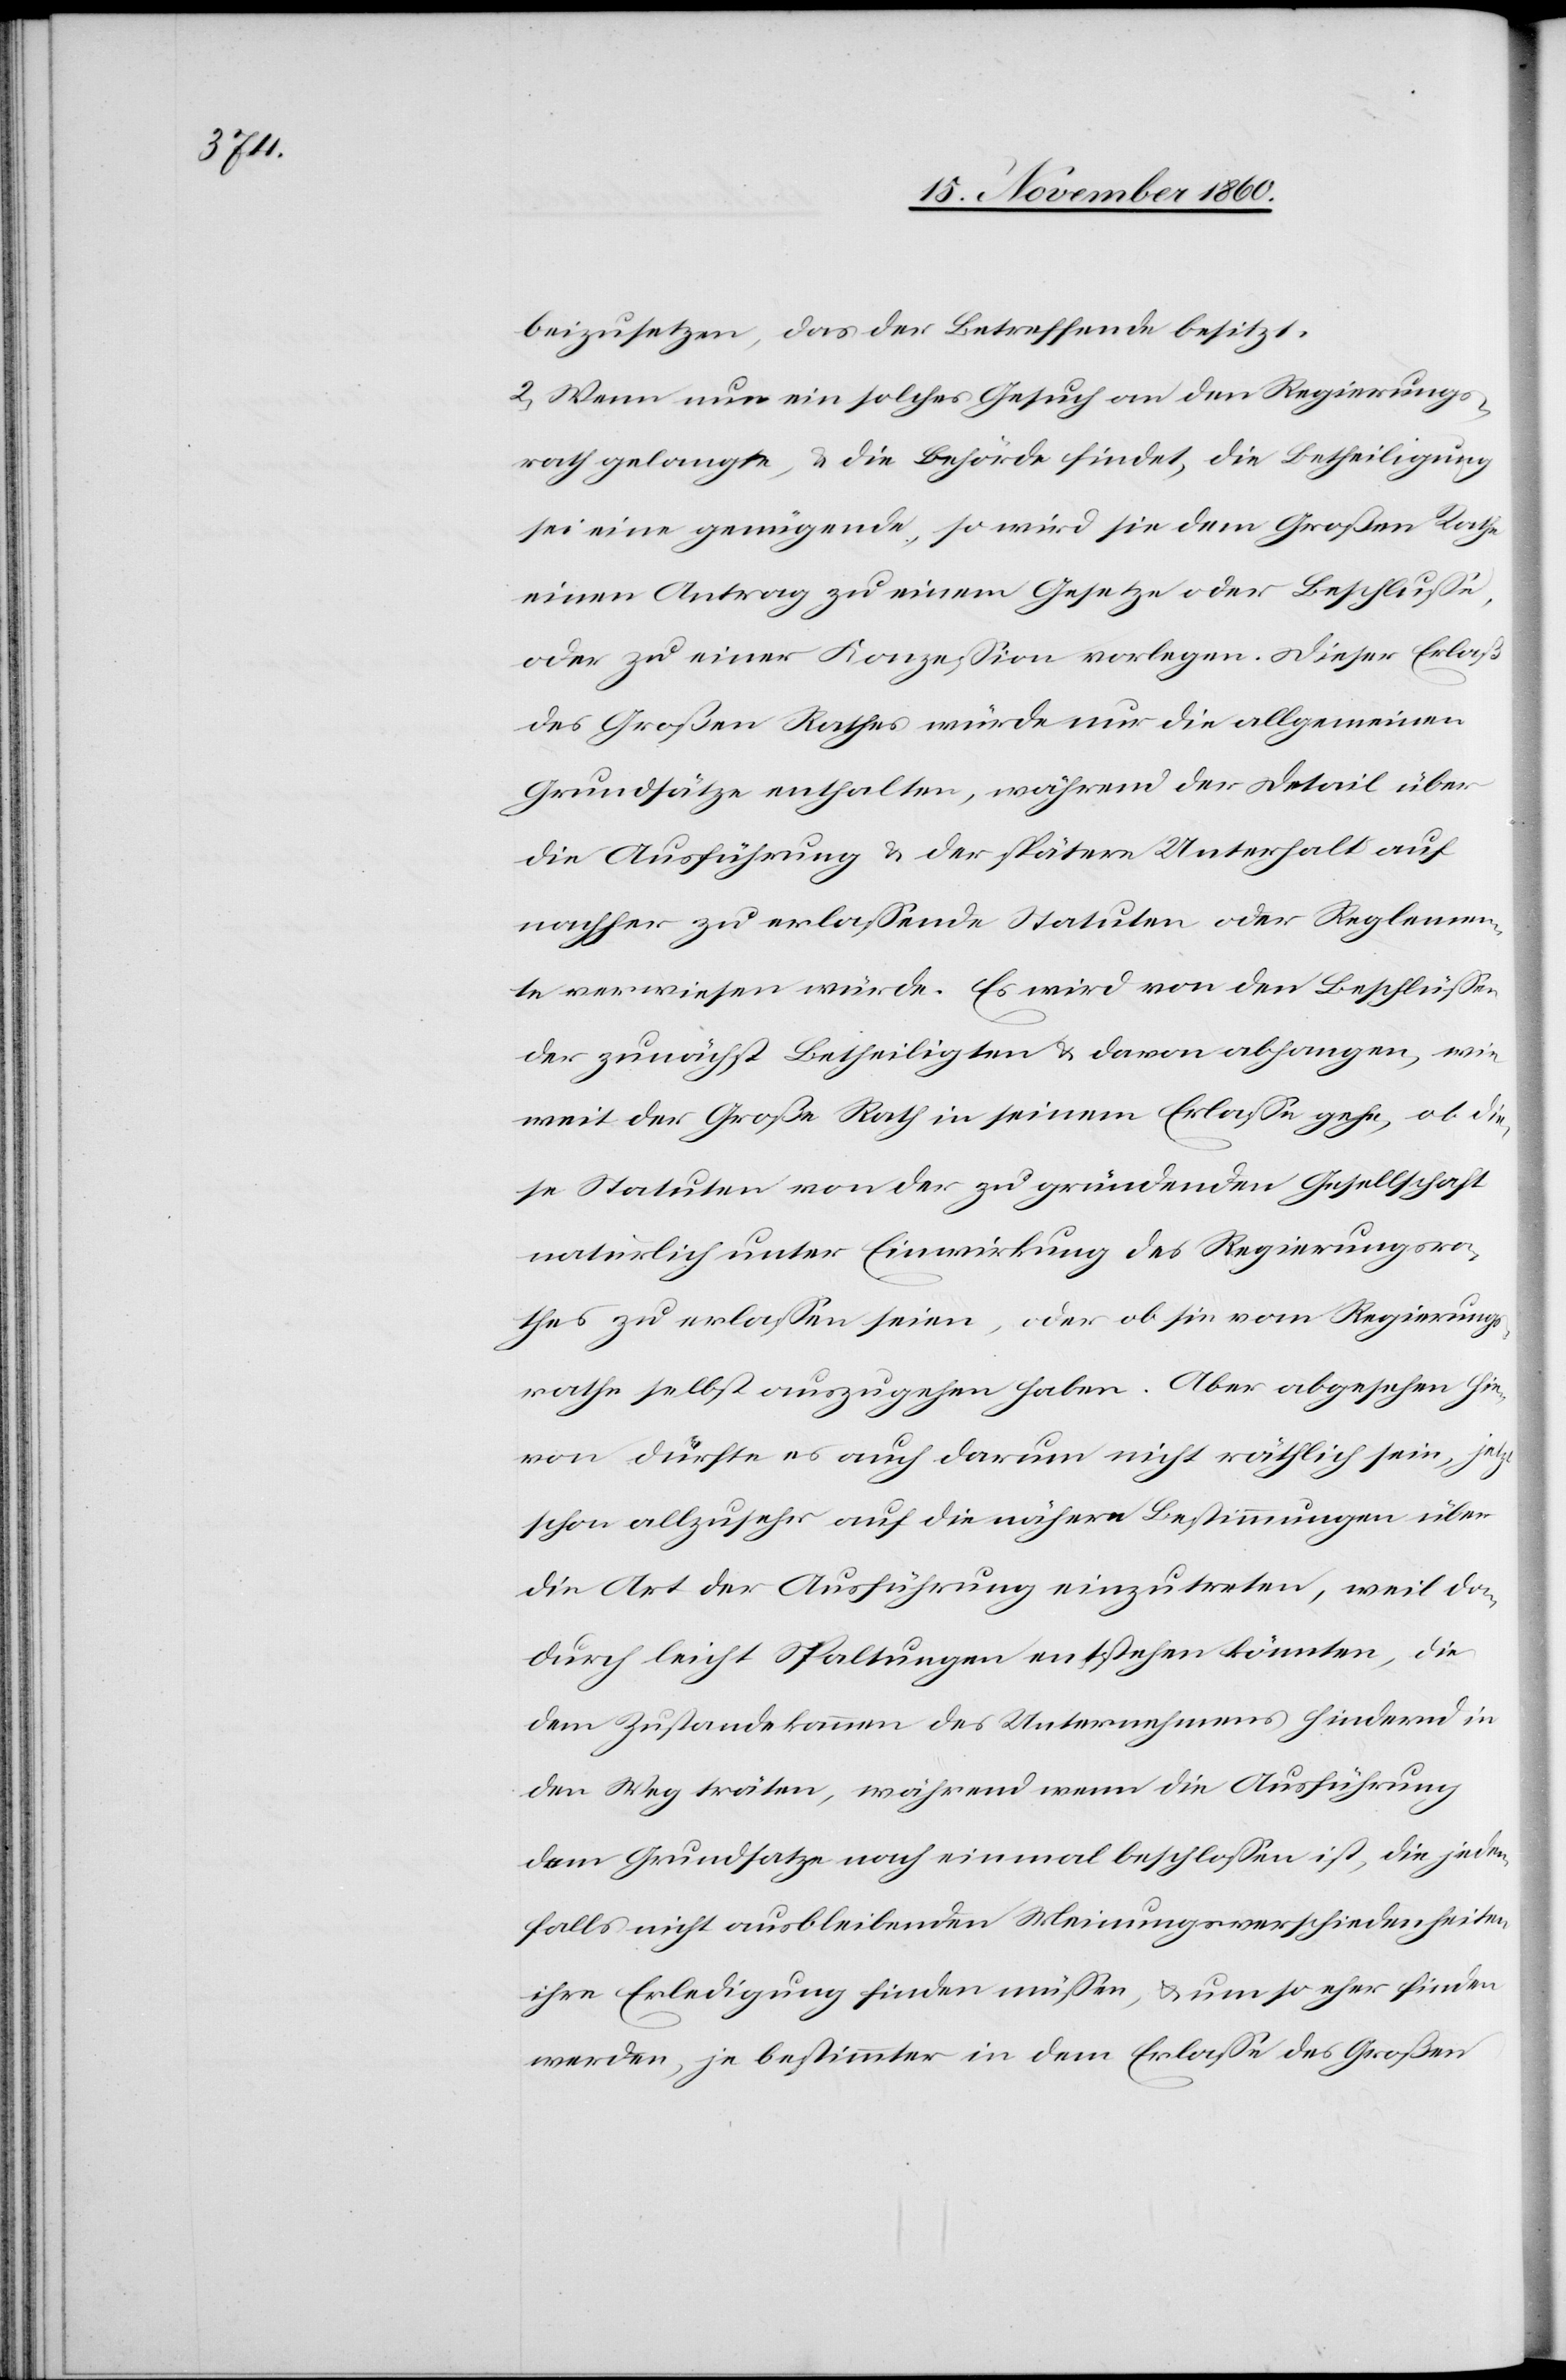
beizusetzen, daß der Betreffende besitzt.
2. Wenn nun ein solches Gesuch an den Regierungs¬
rath gelangte, u. die Behörde findet, die Betheiligung
sei eine genügende, so wird sie dem Großen Rathe
einen Antrag zu einem Gesetze oder Beschlusse,
oder zu einer Konzession vorlegen. Dieser Erlaß
des Großen Rathes würde nur die allgemeinen
Grundsätze enthalten, während der Detail über
die Ausführung u. der spätere Unterhalt auf
nachher zu erlassende Statuten oder Reglemen¬
te verwiesen würden. Es wird von den Beschlüssen
der zunächst Betheiligten u. davon abhangen, wie
weit der Große Rath in seinem Erlasse gehe, ob die¬
se Statuten von der zu gründenden Gesellschaft
natürlich unter Einwirkung des Regierungsra¬
thes zu erlassen seien, oder ob sie vom Regierungs¬
rathe selbst auszugehen haben. Aber abgesehen hie¬
von dürfte es auch darum nicht räthlich sein, jetzt
schon allzusehr auf die nähern Bestimmungen über
die Art der Ausführung einzutreten, weil da¬
durch leicht Spaltungen entstehen könnten, die
dem Zustandekommen des Unternehmens hindernd in
den Weg träten, während wenn die Ausführung
dem Grundsatze nach einmal beschlossen ist, die jeden¬
falls nicht ausbleibenden Meinungsverschiedenheiten
ihre Erledigung finden müssen, u. umso eher finden
werden, zu bestimmter in dem Erlasse des Großen